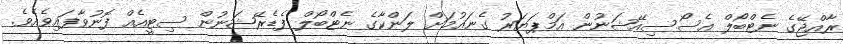
ރާއްޖޭގެ ނެޓްބޯލް އެސޯސިއޭޝަނުން އަމްޕަޔަރު ގެނައުމަށް ލަންކާގެ ނެޓްބޯލް ފެޑެރޭޝަނުން ސިޓީއެއް ފޮނުވާފައިވެއެވެ.